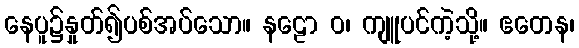
နေပူ၌နှုတ်၍ပစ်အပ်သော။ နဠော ဝ၊ ကျူပင်ကဲ့သို့။ ဧတေန၊